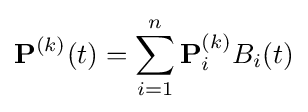
\mathbf {P} ^{(k)}(t)=\sum _{i=1}^{n}\mathbf {P} _{i}^{(k)}B_{i}(t)